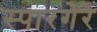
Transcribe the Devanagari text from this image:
स्पारगेरे